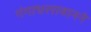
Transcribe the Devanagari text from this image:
गंगाधररावानने